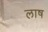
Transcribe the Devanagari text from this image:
लाष